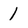
Character: 1